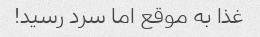
غذا به موقع اما سرد رسید!